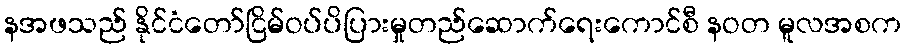
နအဖသည် နိုင်ငံတော်ငြိမ်ဝပ်ပိပြားမှုတည်ဆောက်ရေးကောင်စီ နဝတ မူလအစက